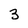
Character: 3